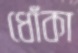
ধোঁকা